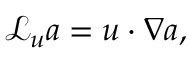
\mathcal { L } _ { u } a = u \cdot \nabla a ,